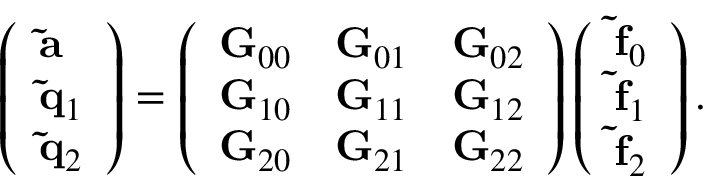
\left( \begin{array} { l } { { \bf \tilde { a } } } \\ { { \bf \tilde { q } } _ { 1 } } \\ { { \bf \tilde { q } } _ { 2 } } \end{array} \right) = \left( \begin{array} { l l l } { { \bf G } _ { 0 0 } } & { { \bf G } _ { 0 1 } } & { { \bf G } _ { 0 2 } } \\ { { \bf G } _ { 1 0 } } & { { \bf G } _ { 1 1 } } & { { \bf G } _ { 1 2 } } \\ { { \bf G } _ { 2 0 } } & { { \bf G } _ { 2 1 } } & { { \bf G } _ { 2 2 } } \end{array} \right) \left( \begin{array} { l } { { \bf \tilde { f } } _ { 0 } } \\ { { \bf \tilde { f } } _ { 1 } } \\ { { \bf \tilde { f } } _ { 2 } } \end{array} \right) .